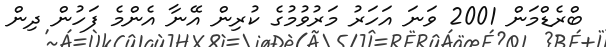
ބްރެޑްމަން 2001 ވަނަ އަހަރު މަރުވުމުގެ ކުރިން އޭނާ އެންމެ ފަހުން ދިން